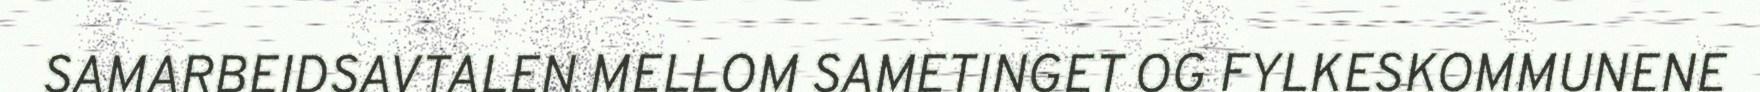
SAMARBEIDSAVTALEN MELLOM SAMETINGET OG FYLKESKOMMUNENE